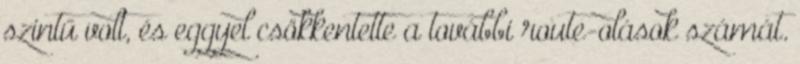
szintű volt, és eggyel csökkentette a további route-olások számát.